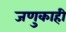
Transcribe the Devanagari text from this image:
जणुकाही